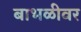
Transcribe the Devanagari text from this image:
बाभळीवर